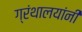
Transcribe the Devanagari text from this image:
ग्रंथालयांनी